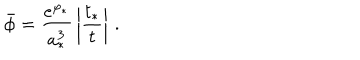
\bar { \phi } = { \frac { e ^ { \varphi _ { * } } } { a _ { * } ^ { 3 } } } \left| { \frac { t _ { * } } { t } } \right| \, .